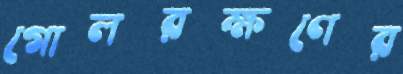
গোলরক্ষণের